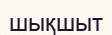
шықшыт